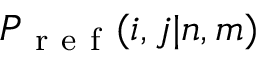
P _ { \mathrm { ~ r ~ e ~ f ~ } } ( i , j | n , m )